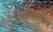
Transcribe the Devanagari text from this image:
बंधनकारकच